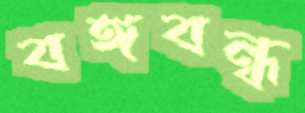
বঙ্গবন্ধ